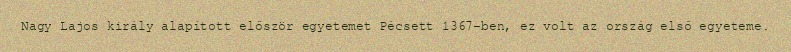
Nagy Lajos király alapított először egyetemet Pécsett 1367-ben, ez volt az ország első egyeteme.